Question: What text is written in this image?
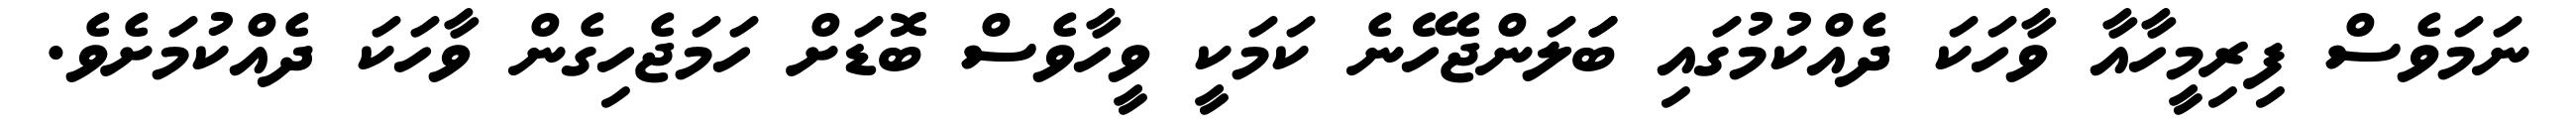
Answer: ނަމަވެސް ފިރިމީހާއާ ވާހަކަ ދެއްކުމުގައި ބަަލަންޖެހޭނެ ކަމަކީ ވީހާވެސް ބޮޑަށް ހަމަޖެހިގެން ވާހަކަ ދެއްކުމަށެވެ.